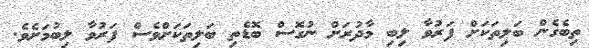
ތިބެގެން ބަލިތަކަށް ފަރުވާ ލިބި މާދުރަށް ނުގޮސް ބޮޑެތި ބަލިތަކަށްވެސް ފަރުވާ ލިބުމަށެވެ.